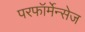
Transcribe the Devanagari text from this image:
परफॉर्मेन्सेज